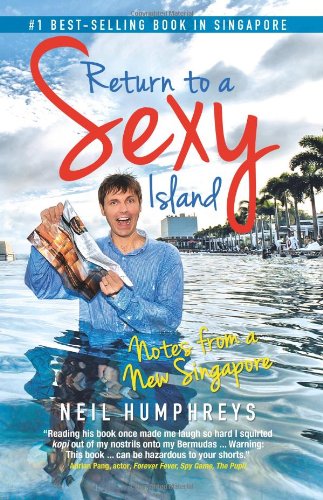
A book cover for Return to A Sexy Island: Notes From A New Singapore; Neil Humphreys; Travel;